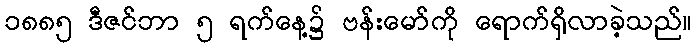
၁၈၈၅ ဒီဇင်ဘာ ၅ ရက်နေ့၌ ဗန်းမော်ကို ရောက်ရှိလာခဲ့သည်။